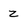
Character: z